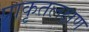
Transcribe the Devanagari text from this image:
प्राकृतलक्षण